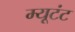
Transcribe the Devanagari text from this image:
म्यूटंट